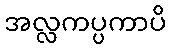
အလ္လကပ္ပကာပိ